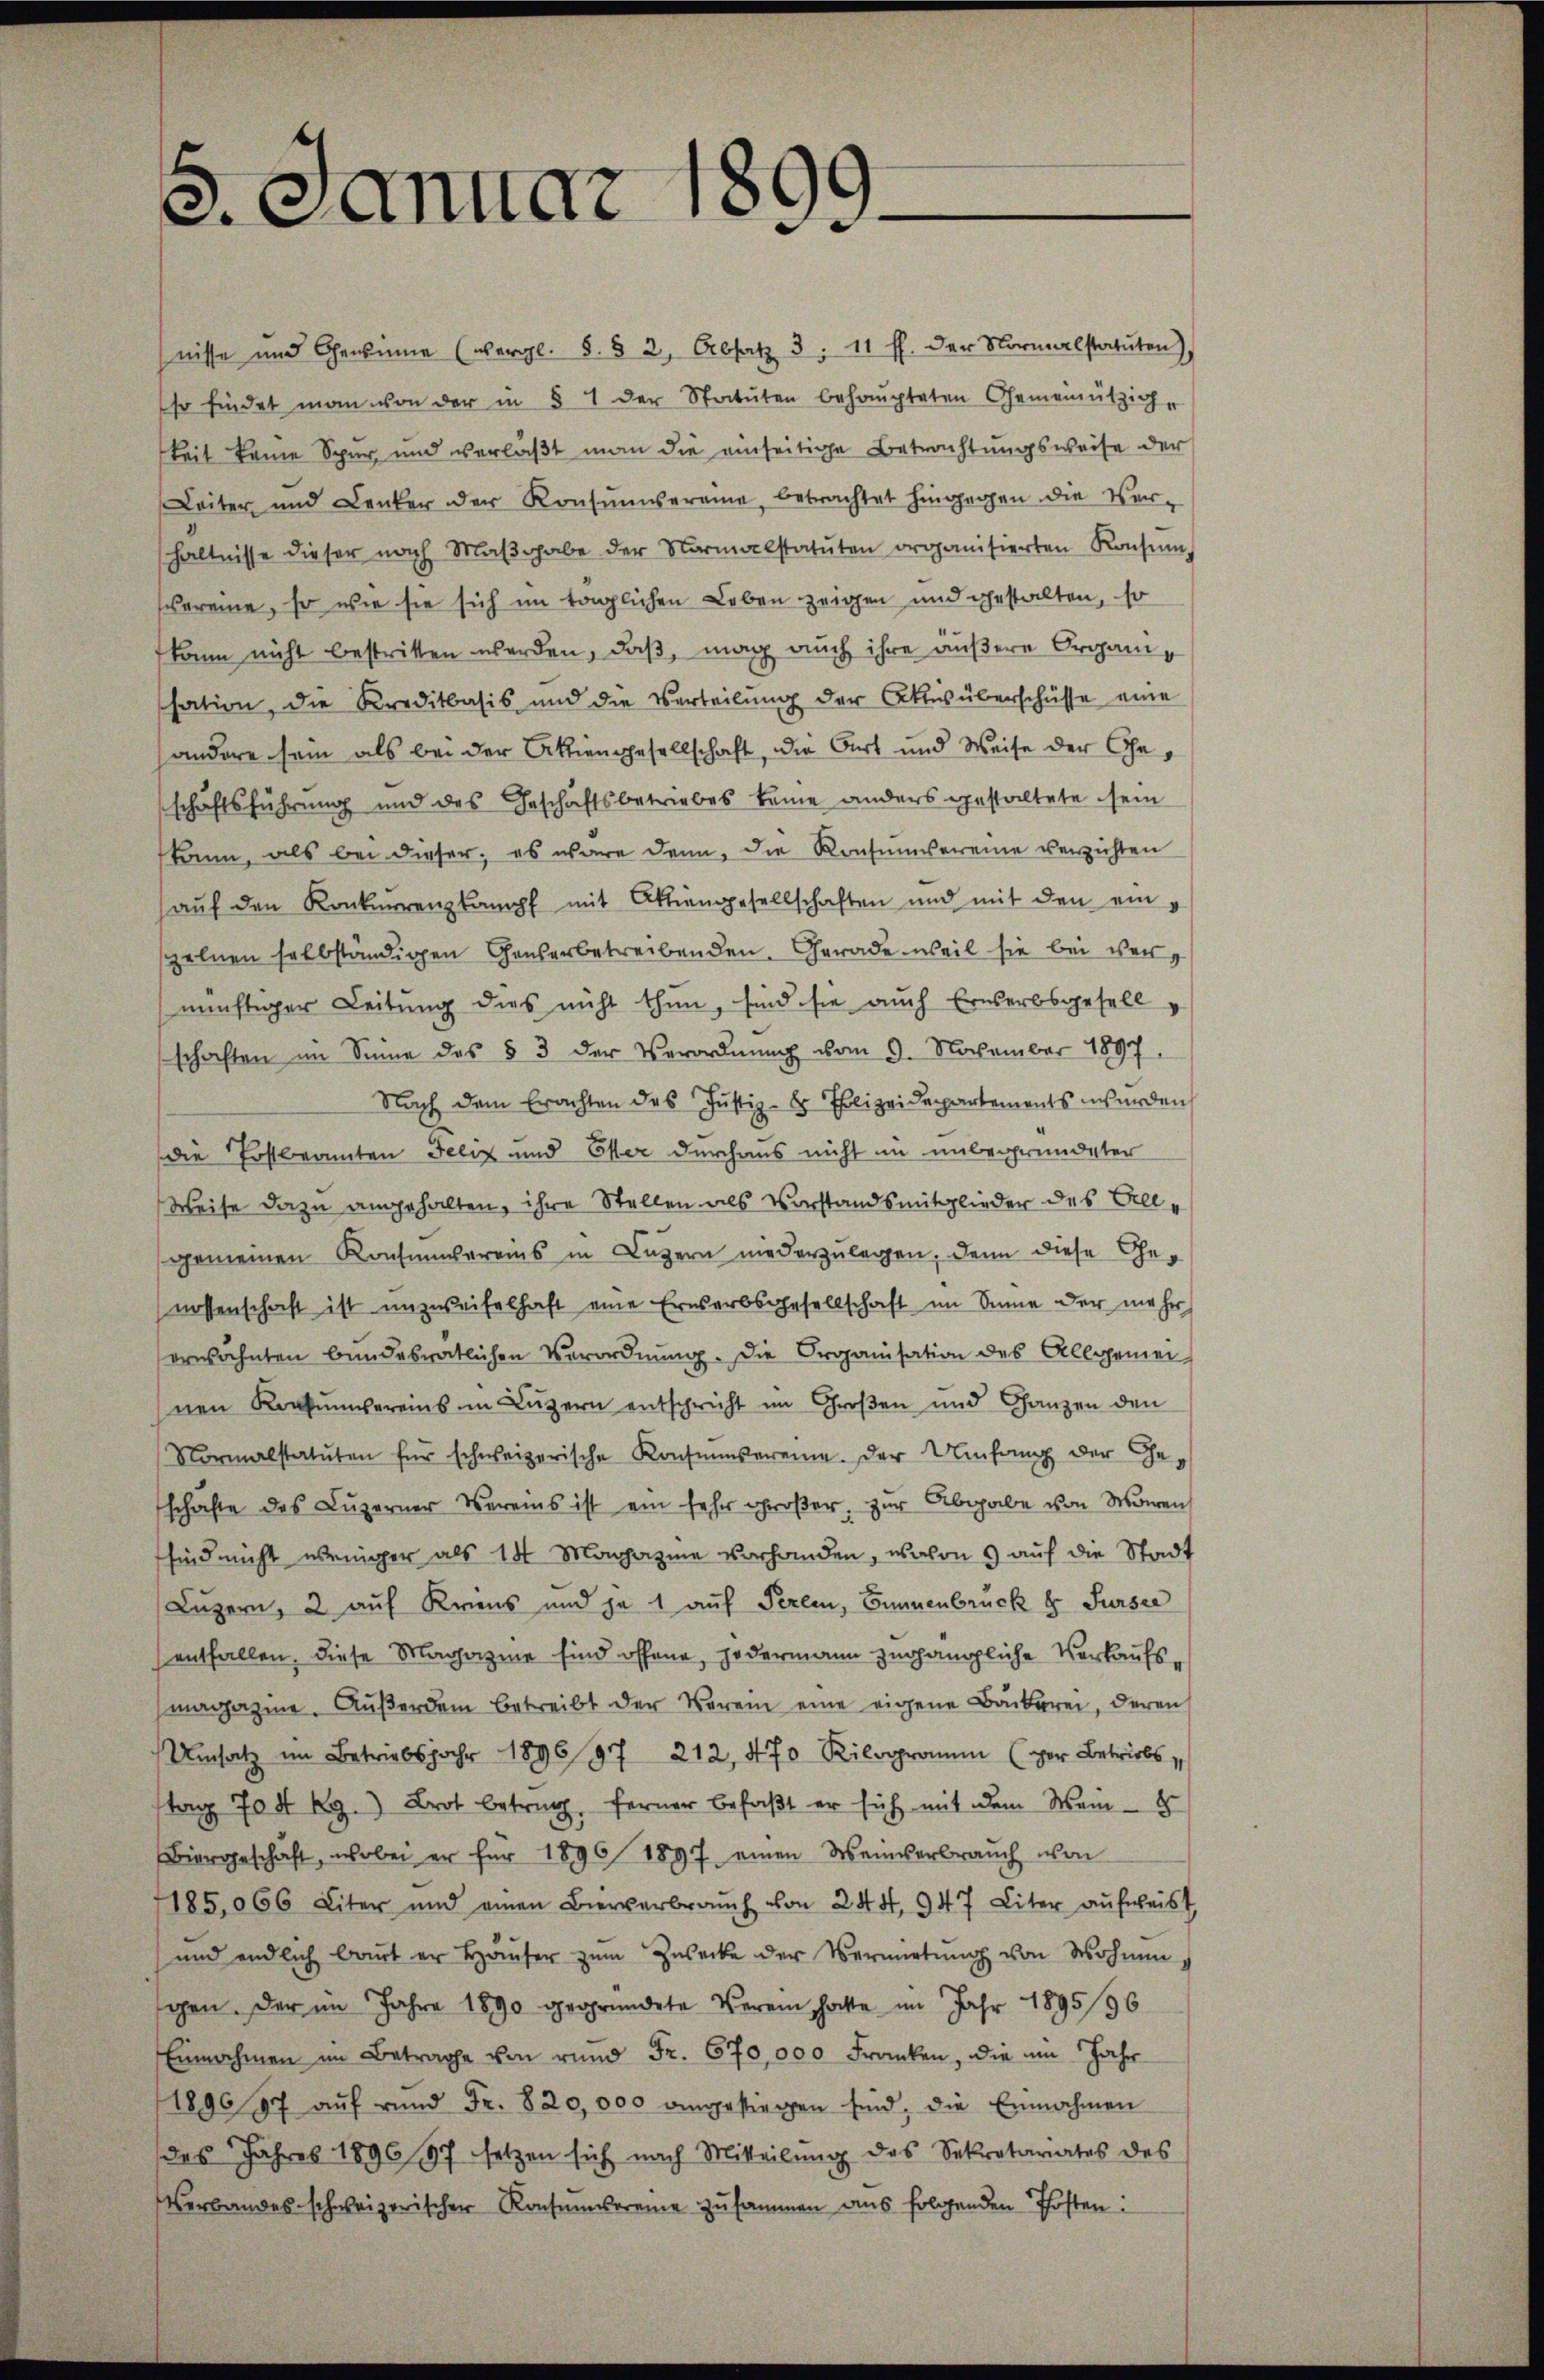
.Januar 1899.

nisse und Gewinne (vergl. §. § 2, Absatz 3. 11 ff. der Normalstatuten)
so findet man von der in § 1 der Statuten behaupteten Gemeinützige
keit keine Spur und verlaßt man die einseitige Betrachtungsweise der
Leiter und Lenker der Konsumvereine, betrachtet hingegen die Ver-
hältnisse dieser nach Maβgabe der Normalstatuten organisierten Konsum
areme, so wie sie sich im täglichen Leben zeigen und gestalten, so
kann nicht bestritten werden, daß, mag auch ihre äußere Organisation, die Kreditbasis und die Verteilung der Aktivüberschüsse eine
andere sein als bei der Aktiengesellschaft, die Ort und Weise der Geschäftsführung und des Geschäftsbetriebes keine anders gestaltete sein
kann, als bei dieser, es wäre denn, die Konsumvereine verzichten
aŭf den Konkurrenzkampf mit Aktiengesellschaften und mit den einzelnen selbständigen Generbetreibenden. Gerade weil sie bei vernünftiger Leitung dies nicht thun, sind sie auch Erwerbsgesell
schaften im Sinne des § 3 der Verordnŭng vom 9. November 1897.
Nach dem Erachten des Justiz- & Polizeidepartements wurden
die Postbeamten Felix und Elter durchaus nicht in unbegründeter
Weise dazu angehalten, ihre Stellen als Vorstandsmitglieder des Breigemeinen Konsumvereins in Lagern niederzulegen, denn diese Genossenschaft ist unzweifelhaft eine Erwerbsgesellschaft im Sinne der mehr
erwähnten bundesratlichen Verordnung. Die Organisation des Allgemei
nen Konsumvereins im Luzern entspricht im Großen und Ganzen den
Normalstatuten für schweizerische Konsumvereie. Der Umfang der Ge-
schafte des Lŭzerner Vereins ist ein sehr groβer. zŭr Abgabe von Moren
sind nicht weniger als 14 Magazine vorhanden, wahres auf die Stadt
Luzern, 2 auf Kriens und je 1 auf Perem, Einnenbruck 8. Fürser
entfallen, diese Magazine sind offene, jedermann zugängliche Verkaufsmagazine. Außerdem betreibt der Verein eine eigene Backerei, deren
Umsatz im Betriebsjahr 189697. 212, 470 Kilogramm (der Betriebs
tag 704 Rg. Brot betrag, ferner befaßt er sich mit dem Wein - 8
Biergeschäft, wobei er für 1896 1897 einen Weinverbraŭch von
185,066 Liter und einen Bierverbraŭch von 244. 947 Liter aufweist
und endlich baut er Häuser zŭm Zwecke der Vermirtŭng von Wohnungen. Der im Jahre 1890 gegründete Vereinschachte im Jahr 1895/96
Einnahmen im Betrage von rund Fr. 670,000 Franken, die im Jahr
1890 97 auf rund Fr. 820,000 angestiegen sind, die Einnahmen
des Jahres 1896/97 setzen sich nach Mitteilŭng des Sekretariates des
Verbandes schweizerischer Konsumvereine zusammen aus folgenden Posten: